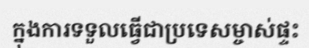
ក្នុងការទទួលធ្វើជាប្រទេសម្ចាស់ផ្ទះ